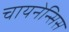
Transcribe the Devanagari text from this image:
चायनेन्सिस